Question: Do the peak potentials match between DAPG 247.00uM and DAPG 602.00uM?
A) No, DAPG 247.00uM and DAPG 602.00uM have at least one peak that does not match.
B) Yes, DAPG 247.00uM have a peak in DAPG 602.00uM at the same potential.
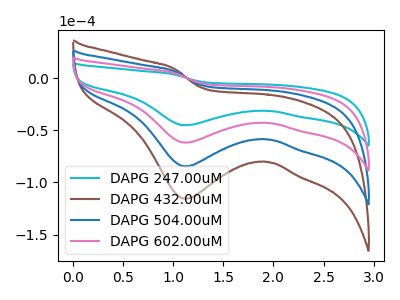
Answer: <think>The cyan curve "DAPG 247.00uM" has a cathodic peak at: (1.10V, -45.30uA). The brown curve "DAPG 432.00uM" has a cathodic peak at: (1.10V, -185.70uA). The blue curve "DAPG 504.00uM" has a cathodic peak at: (1.10V, -123.80uA). The pink curve "DAPG 602.00uM" has a cathodic peak at: (1.10V, -61.90uA).</think>
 <answer>B) Yes, "DAPG 247.00uM" have a peak in "DAPG 602.00uM" at the same potential.</answer>
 <eval>B</eval>